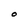
Character: O